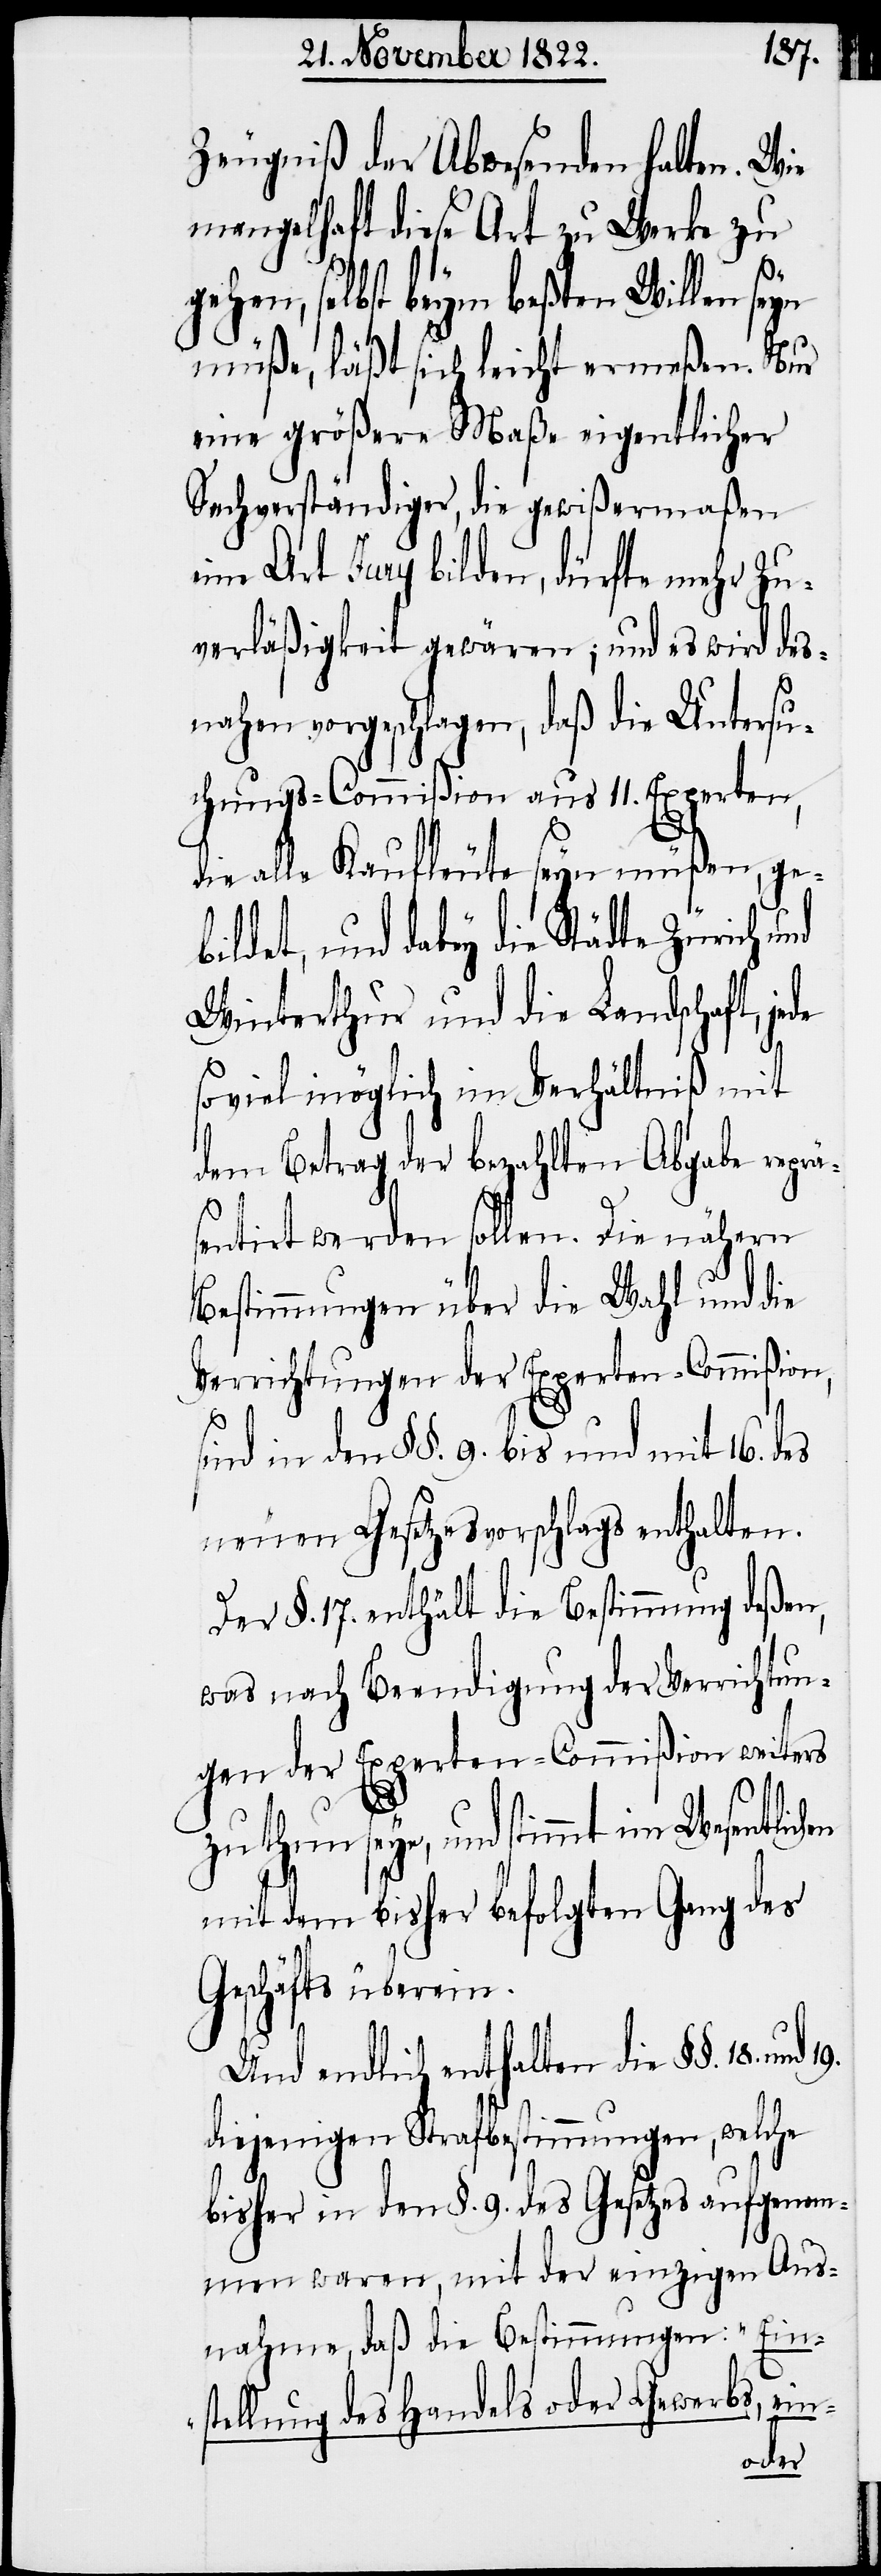
Zeugniß der Abwesenden halten. Wie
mangelhaft diese Art zu Werke zu
gehen, selbst beym beßten Willen seyn
müße, läßt sich leicht ermeßen. Nur
eine größere Maße eigentlicher
Sachverständiger, die gewißermaßen
eine Art Jury bilden, dürfte mehr Zu¬
verläßigkeit gewären; und es wird des¬
nahen vorgeschlagen, daß die Untersu¬
chungs-Commißion aus 11. Experten,
die alle Kaufleute seyn müßen, ge¬
bildet, und dabey die Städte Zürich und
Winterthur und die Landschaft, jede
soviel möglich im Verhältniß mit
dem Betrag der bezahlten Abgabe reprä¬
st¬
sentirt werden sollen. Die nähern
Bestimmungen über die Wahl und die
Verrichtungen der Experten-Commißion,
sind in den §§. 9. bis und mit 16. des
neuen Gesetzesvorschlags enthalten.
Der §. 17. enthält die Bestimmung deßen,
was nach Beendigung der Verrichtun¬
gen der Experten-Commißion weiters
zu thun seye, und stimmt im Wesentlic¬
mit dem bisher befolgten Gang des
Geschäfts überein.
Und endlich enthalten die §§. 18.
diejenigen Strafbestimmungen, welche
bisher in den §. 9. des Gesetzes aufenomm¬
men waren, mit der einzigen Aus¬
nahme, daß die Bestimmungen: „Ein¬
ellung des Handels oder Gewerbs, ein-